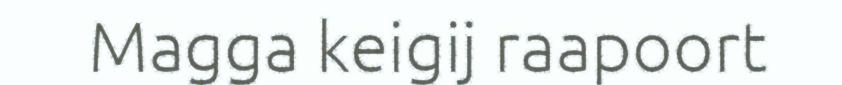
Magga keigij raapoort